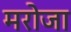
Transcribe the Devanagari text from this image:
मरोजा